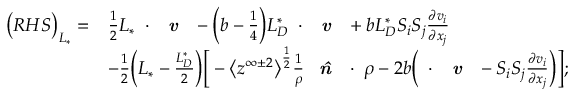
\begin{array} { r l } { \big ( R H S \big ) _ { L _ { * } } = } & { \frac { 1 } { 2 } { L _ { * } } \mathbf { \nabla } \cdot \textbf { \emph { v } } - \Big ( b - \frac { 1 } { 4 } \Big ) { L _ { D } ^ { * } } \mathbf { \nabla } \cdot \textbf { \emph { v } } + b { L _ { D } ^ { * } } S _ { i } S _ { j } \frac { \partial v _ { i } } { \partial x _ { j } } } \\ & { - \frac { 1 } { 2 } \Big ( { L _ { * } } - \frac { L _ { D } ^ { * } } { 2 } \Big ) \Big [ - \big < z ^ { \infty \pm 2 } \big > ^ { \frac { 1 } { 2 } } \frac { 1 } { \rho } \textbf { \emph { \^ n } } \cdot \mathbf { \nabla } \rho - 2 b \Big ( \mathbf { \nabla } \cdot \textbf { \emph { v } } - S _ { i } S _ { j } \frac { \partial v _ { i } } { \partial x _ { j } } \Big ) \Big ] ; } \end{array}